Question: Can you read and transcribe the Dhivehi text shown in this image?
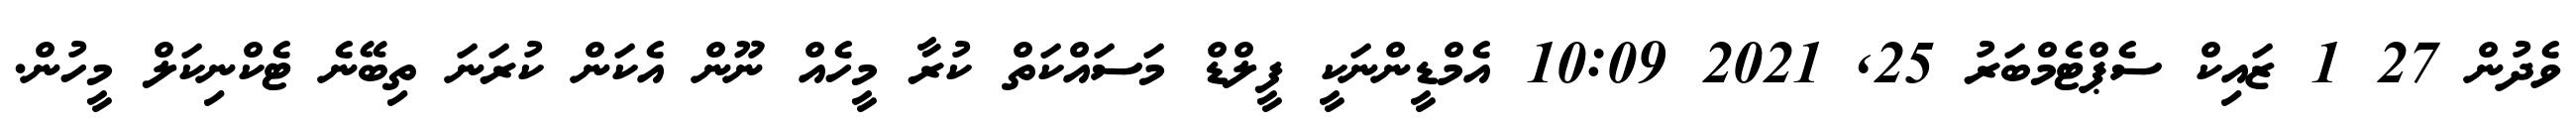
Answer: ވެދުން 27 1 ޒައިކް ސެޕްޓެމްބަރު 25, 2021 10:09 އެމްޑީންނަކީ ފީލްޑް މަސައްކަތް ކުރާ މީހެއް ނޫން އެކަން ކުރަނަ ތިބޭނެ ޓެކްނިކަލް މީހުން.